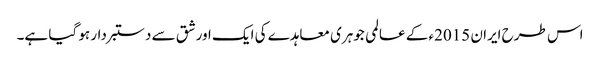
اس طرح ایران 2015ء کے عالمی جوہری معاہدے کی ایک اور شق سے دستبردار ہو گیا ہے۔